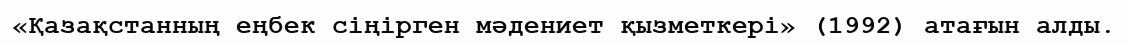
«Қазақстанның еңбек сіңірген мәдениет қызметкері» (1992) атағын алды.